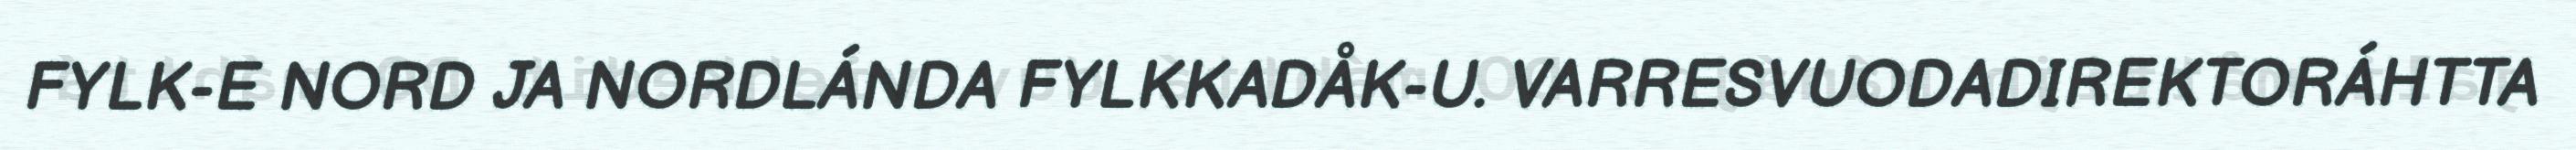
FYLK-E NORD JA NORDLÁNDA FYLKKADÅK-U. VARRESVUODADIREKTORÁHTTA